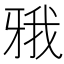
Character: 𤘋